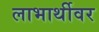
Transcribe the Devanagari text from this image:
लाभार्थीवर